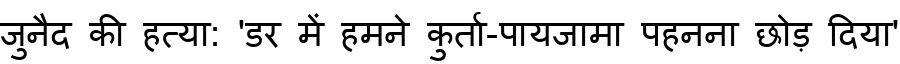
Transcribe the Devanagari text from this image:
जुनैद की हत्या: 'डर में हमने कुर्ता-पायजामा पहनना छोड़ दिया'